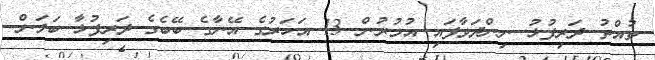
ތުއްތު ދަރިފުޅު ނިންދަވާފައި އުމުރުން 13 އަހަރުގެ އޭނާގެ ބޭބެގެ ދަރިފުޅާ ބަލަން